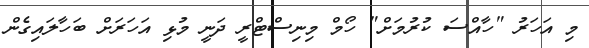
މި އަހަރު "ހާއްސަ ކުރުމަށް" ހޯމް މިނިސްޓްރީ ދަނީ މުޅި އަހަރަށް ބަހާލައިގެން